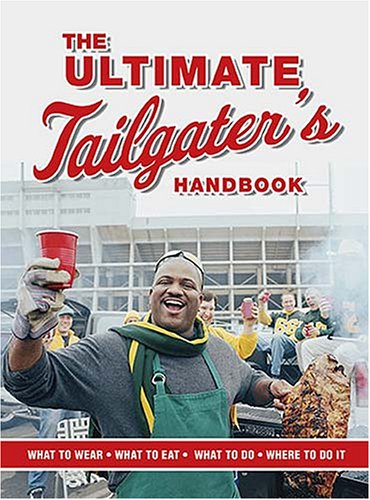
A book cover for The Ultimate Tailgater's Handbook (Interactive Blvd. Book); Stephen Linn; Cookbooks, Food & Wine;